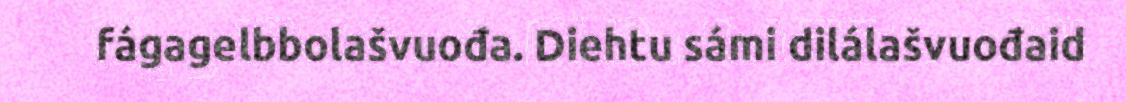
fágagelbbolašvuođa. Diehtu sámi dilálašvuođaid